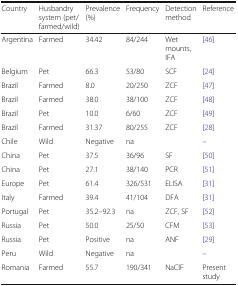
| Country | Husbandry system (pet/farmed/wild) | Prevalence (%) | Frequency | Detection method | Reference |
 | --- | --- | --- | --- | --- | --- |
 | Argentina | Farmed | 34.42 | 84/244 | Wet mounts, IFA | [46] |
 | Belgium | Pet | 66.3 | 53/80 | SCF | [24] |
 | Brazil | Farmed | 8.0 | 20/250 | ZCF | [47] |
 | Brazil | Farmed | 38.0 | 38/100 | ZCF | [48] |
 | Brazil | Pet | 10.0 | 6/60 | ZCF | [49] |
 | Brazil | Farmed | 31.37 | 80/255 | ZCF | [28] |
 | Chile | Wild | Negative | na |  | – |
 | China | Pet | 37.5 | 36/96 | SF | [50] |
 | China | Pet | 27.1 | 38/140 | PCR | [51] |
 | Europe | Pet | 61.4 | 326/531 | ELISA | [31] |
 | Italy | Farmed | 39.4 | 41/104 | DFA | [31] |
 | Portugal | Pet | 35.2–92.3 | na | ZCF, SF | [52] |
 | Russia | Pet | 50.0 | 25/50 | CFM | [53] |
 | Russia | Pet | Positive | na | ANF | [29] |
 | Peru | Wild | Negative | na |  | – |
 | Romania | Farmed | 55.7 | 190/341 | NaClF | Present study |